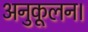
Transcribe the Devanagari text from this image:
अनुकूलन।